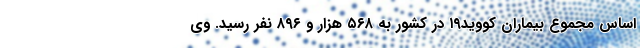
اساس مجموع بیماران کووید۱۹ در کشور به ۵۶۸ هزار و ۸۹۶ نفر رسید. وی